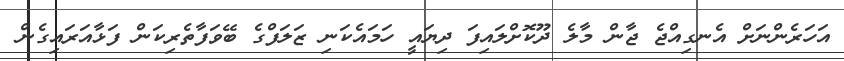
އަހަރެންނަށް އެނގިއްޖެ ޖާން މާލެ ދޫކޮށްލައިފަ ދިޔައީ ހަމައެކަނި ޒަލަފްގެ ބޭވަފާތެރިކަން ފަޅާއަރައިގެން